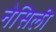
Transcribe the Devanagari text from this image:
नेसिली